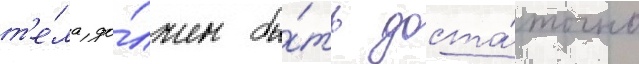
т'е́ла до́лжен бы́ть доста́точно